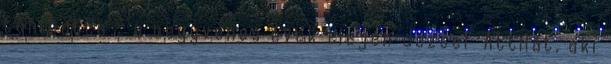
tanította - a negyvenes évek elején József Attilát, aki